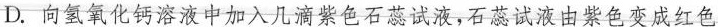
D.向氢氧化钙溶液中加入几滴紫色石蕊试液，石蕊试液由紫色变成红色